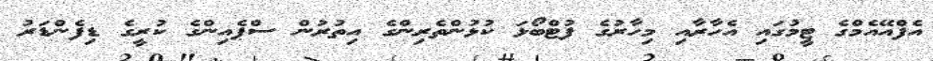
އެފްއޭއެމްގެ ޓީމުގައި އެހާރާއި މިހާރުގެ ފުޓްބޯޅަ ކުޅުންތެރިންގެ އިތުރުން ސްޕެއިންގެ ކުރީގެ ޑިފެންޑަރު